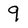
Character: 9